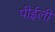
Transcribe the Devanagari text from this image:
पीईली